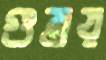
গুম্‌রয়